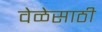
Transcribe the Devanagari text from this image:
वेळेसाठी